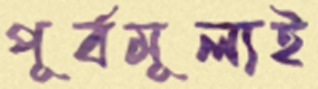
পূর্বমূল্যই